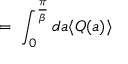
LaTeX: \; = \; \int _ { 0 } ^ { \frac { \pi } { \beta } } d a \langle Q ( a ) \rangle